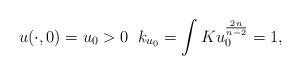
LaTeX: \begin{align*}u(\cdot,0)=u_{0}>0\;\;k_{u_{0}}=\int Ku_{0}^{\frac{2n}{n-2}}=1, \end{align*}